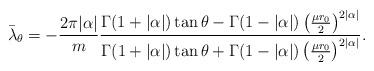
LaTeX: \begin{align*}\bar{\lambda}_{\theta}=-\frac{2\pi|\alpha|}{m}\frac{\Gamma(1+|\alpha|)\tan\theta-\Gamma(1-|\alpha|)\left(\frac{\mu r_0 }{2}\right)^{2|\alpha|}}{\Gamma(1+|\alpha|)\tan\theta+\Gamma(1-|\alpha|)\left(\frac{\mu r_0 }{2}\right)^{2|\alpha|}}.\end{align*}